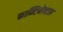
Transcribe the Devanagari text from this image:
कान्टिनेन्टल